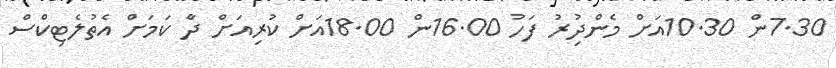
7.30ން 10.30އަށް މެންދުިރު ފަހު 16.00ން 18.00އަށް ކުރިއަށް ދާެ ކަމަށް އެތުލެޓިކްސް